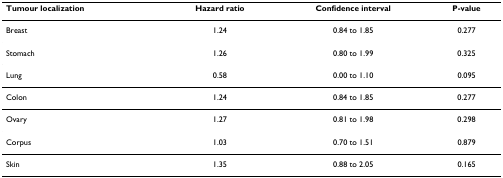
| Tumour localization | Hazard ratio | Confidence interval | P-value |
 | --- | --- | --- | --- |
 | Breast | 1.24 | 0.84 to 1.85 | 0.277 |
 | Stomach | 1.26 | 0.80 to 1.99 | 0.325 |
 | Lung | 0.58 | 0.00 to 1.10 | 0.095 |
 | Colon | 1.24 | 0.84 to 1.85 | 0.277 |
 | Ovary | 1.27 | 0.81 to 1.98 | 0.298 |
 | Corpus | 1.03 | 0.70 to 1.51 | 0.879 |
 | Skin | 1.35 | 0.88 to 2.05 | 0.165 |